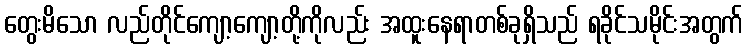
တွေးမိသော လည်တိုင်ကျော့ကျော့တို့ကိုလည်း အထူးနေရာတစ်ခုရှိသည် ရခိုင်သမိုင်းအတွက်